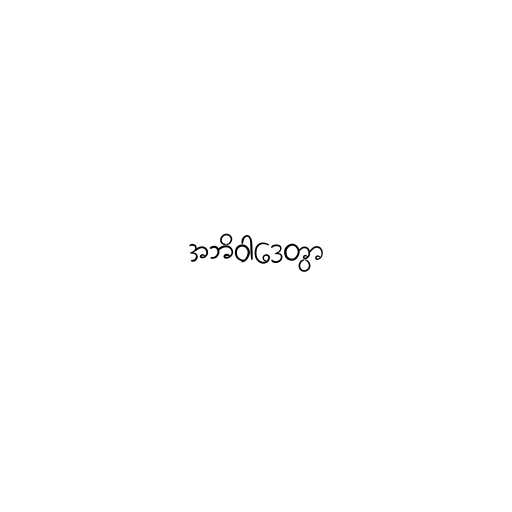
အဘိဝါဒေတွာ